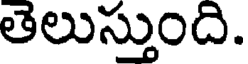
తెలుస్తుంది.